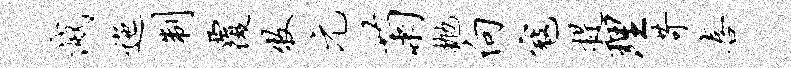
灭迤制覆牧元菊抛向寇提理苛喜